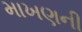
માખણની